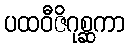
ပထဝီဇိဂုစ္ဆကာ